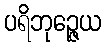
ပရိဘုဉ္ဇေယ